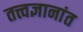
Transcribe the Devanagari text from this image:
तत्त्वज्ञानांत